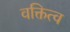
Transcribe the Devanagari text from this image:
वक्तित्व